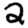
Digit: 2